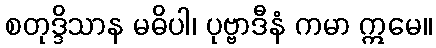
စတုဒ္ဒိသာန မဓိပါ၊ ပုဗ္ဗာဒီနံ ကမာ ဣမေ။